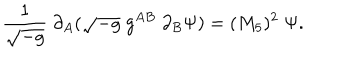
{ \frac { 1 } { \sqrt { - g } } } \; \partial _ { A } ( \sqrt { - g } \; g ^ { A B } \; \partial _ { B } \Psi ) = ( M _ { 5 } ) ^ { 2 } \; \Psi .